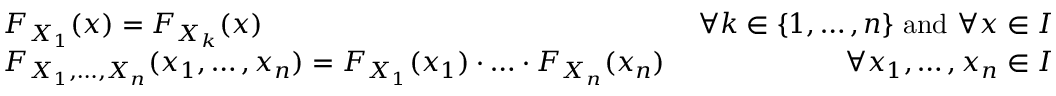
{ \begin{array} { r l r } & { F _ { X _ { 1 } } ( x ) = F _ { X _ { k } } ( x ) \, } & { \forall k \in \{ 1 , \ldots , n \} { \mathrm { ~ a n d ~ } } \forall x \in I } \\ & { F _ { X _ { 1 } , \ldots , X _ { n } } ( x _ { 1 } , \ldots , x _ { n } ) = F _ { X _ { 1 } } ( x _ { 1 } ) \cdot \ldots \cdot F _ { X _ { n } } ( x _ { n } ) \, } & { \forall x _ { 1 } , \ldots , x _ { n } \in I } \end{array} }